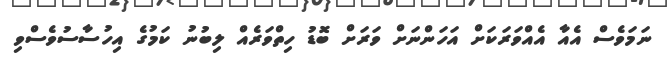
ނަމަވެސް އެއާ އެއްވަރަކަށް އަހަންނަށް ވަރަށް ބޮޑު ހިތްވަރެއް ލިބުނު ކަމުގެ އިހުސާސުވެސްވި